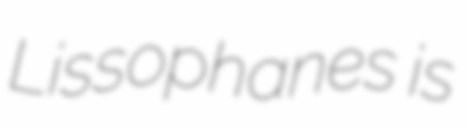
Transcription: Lissophanes is